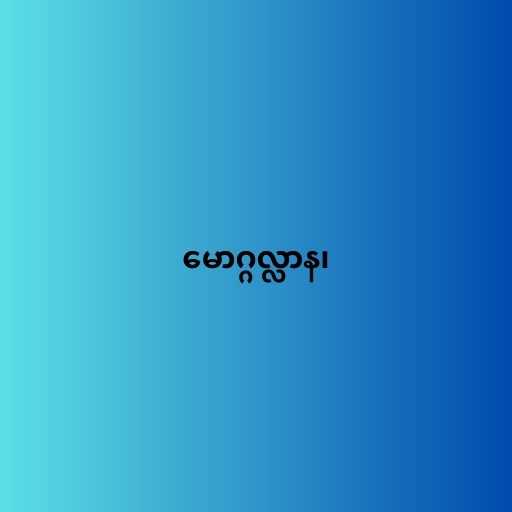
မောဂ္ဂလ္လာန၊